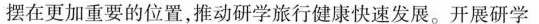
摆在更加重要的位置，推动研学旅行健康快速发展。开展研学